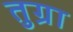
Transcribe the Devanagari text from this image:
तुग्रा